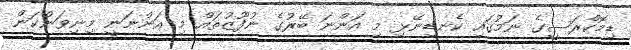
ޑިމޮކްރަސީގެ ނަމުގައި ކެނޑިނޭޅި މި އަންނަ ބޭރުގެ ނުފޫޒުތައް މި އަންނަނީ މިނިވަންކަން